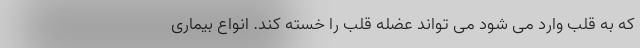
که به قلب وارد می شود می تواند عضله قلب را خسته کند. انواع بیماری